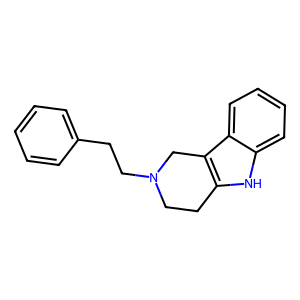
SMILES: c1ccc(CCN2CCc3[nH]c4ccccc4c3C2)cc1
Inhibits HIV replication: No